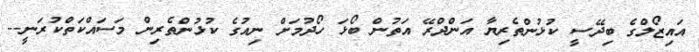
އައިޒޯލްގެ ބިދޭސީ ކުޅުންތެެރިޔާ އަންދްރޭ އަތުން ބޯޅަ ހޯދުމަށް ނިއުގެ ކުޅުންތެރިން މަސައްކަތްކުރަނީ--